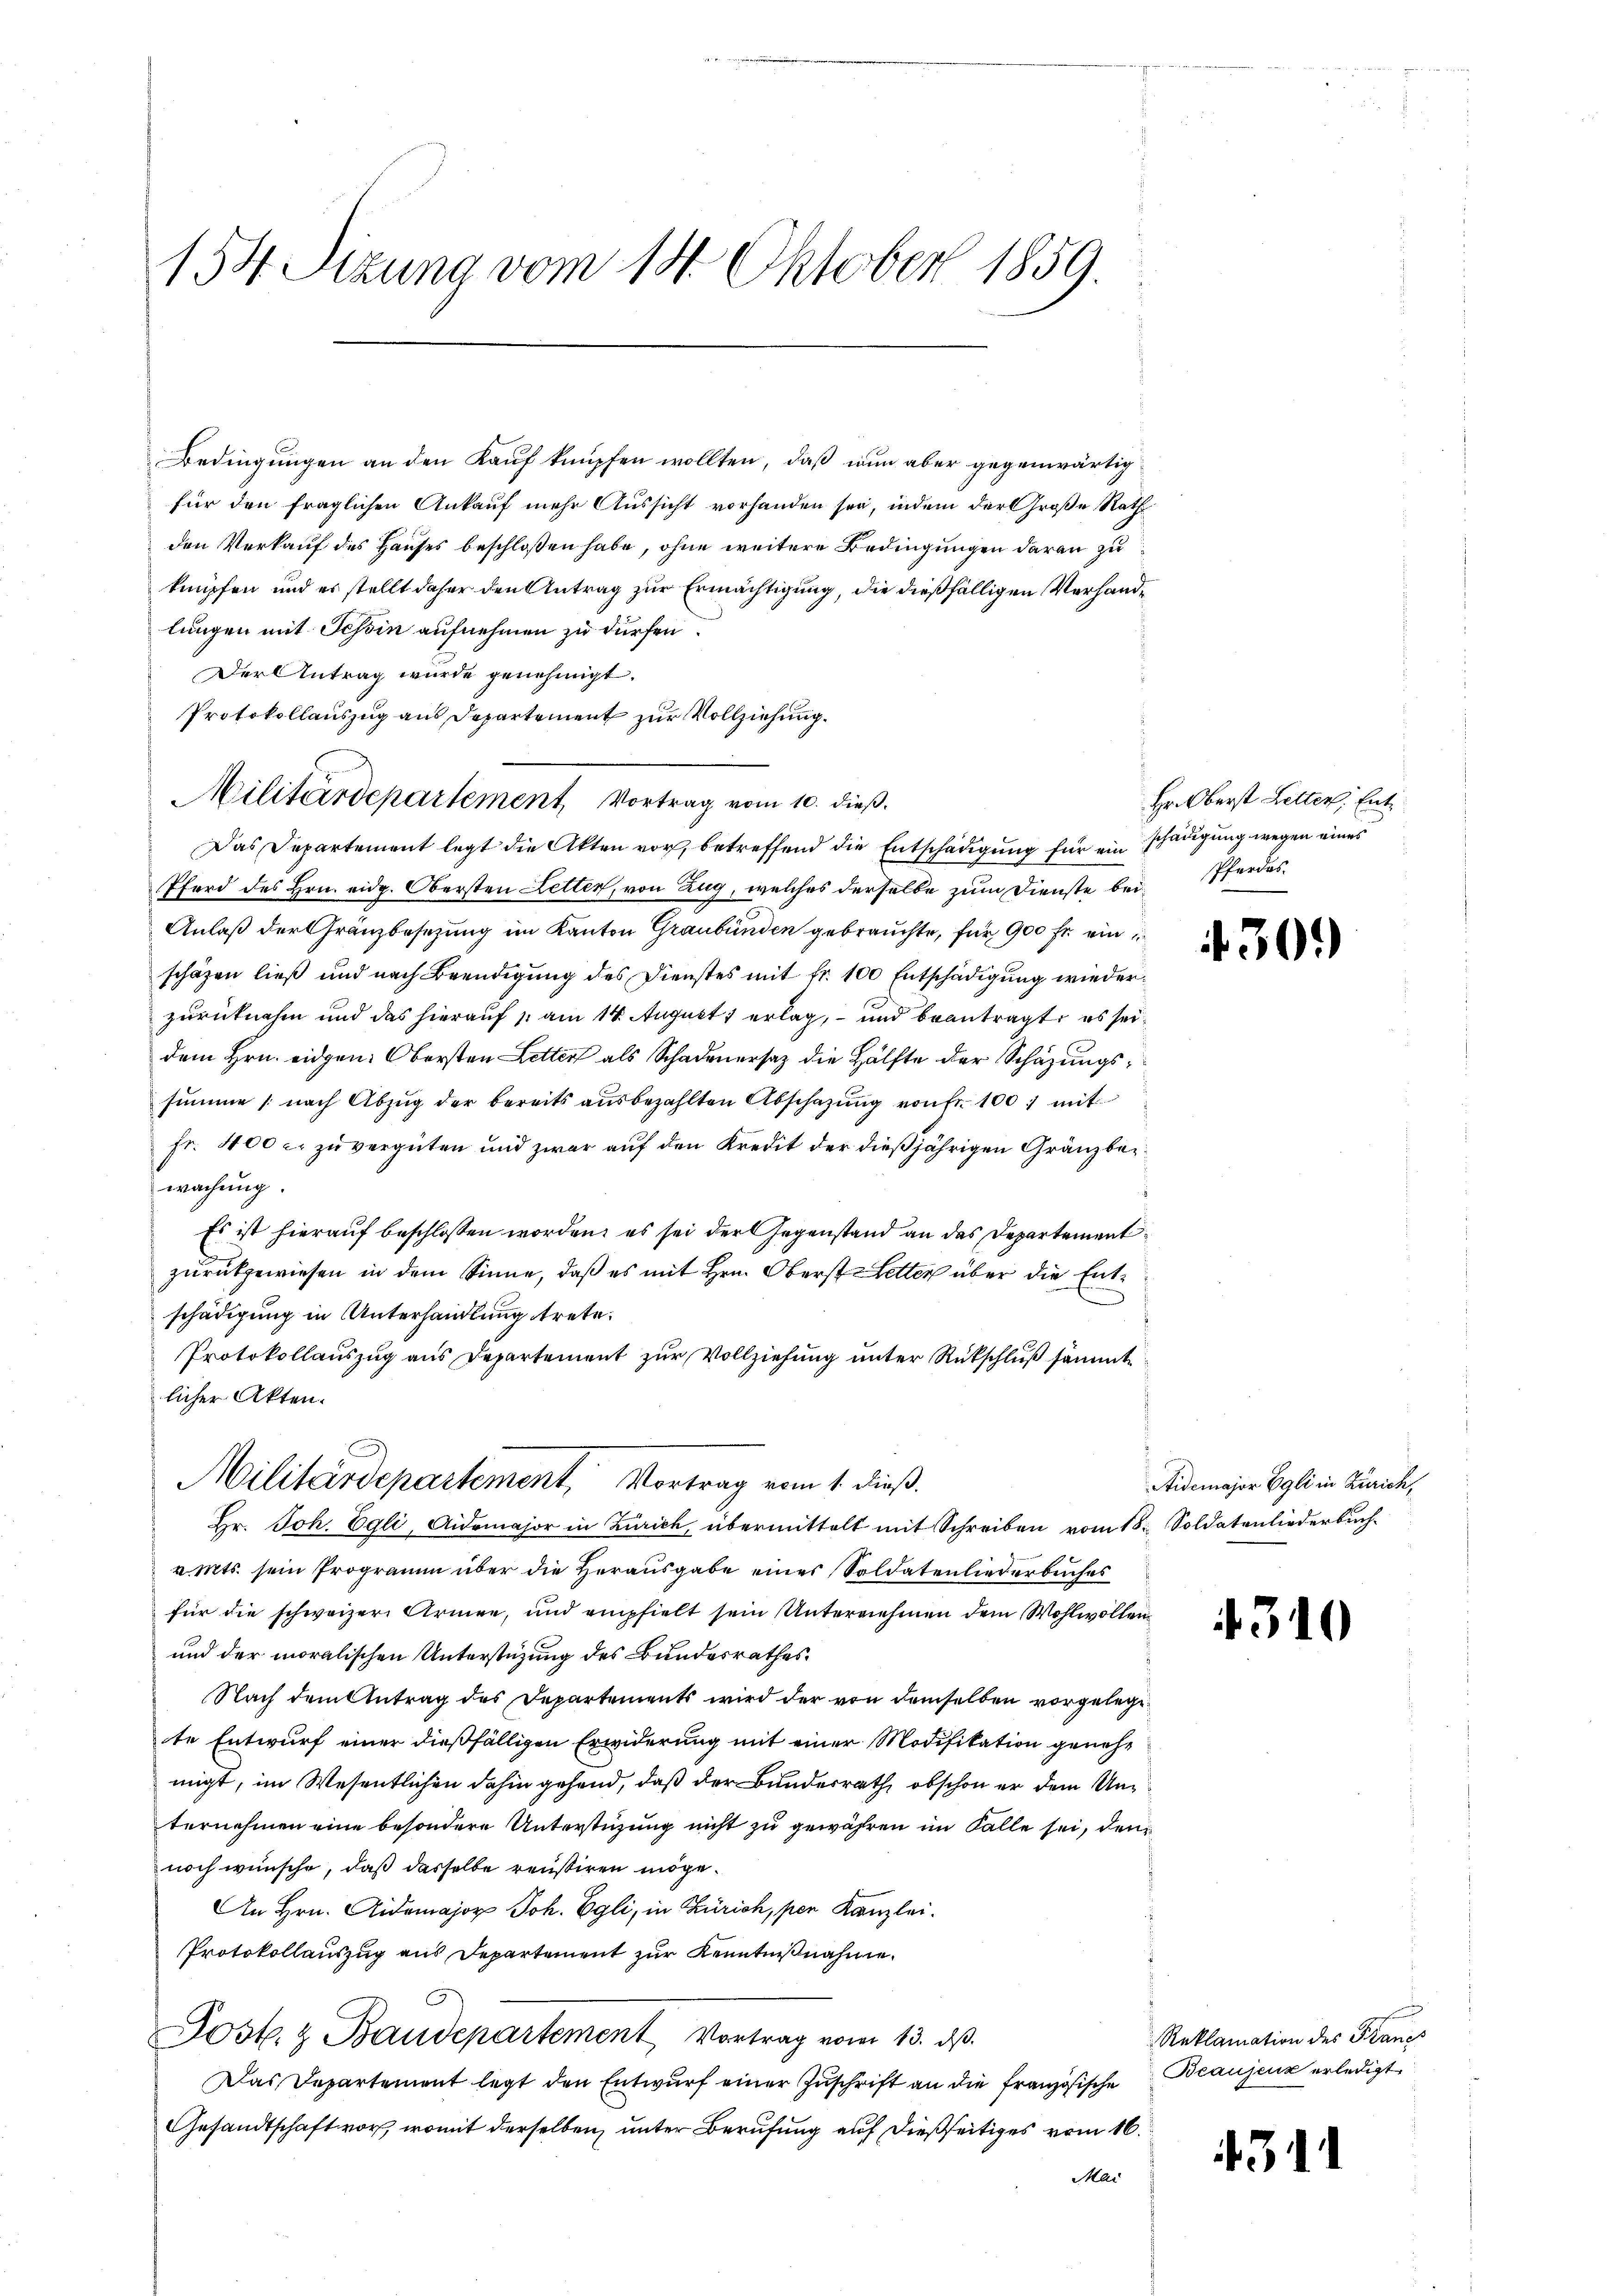
154. Sizung vom 14. Oktober 1859.

Bedingungen an den Kauf knüpfen wollten, daß nun aber gegenwärtig
für den fraglichen Ankauf mehr Aussicht vorhanden sei, indem der Große Rath
den Verkauf des Hauses beschloßen habe, ohne weitere Bedingungen daran zu
knüpfen und es stellt daher den Antrag zur Ermächtigung, die dießfälligen Verhandlungen mit Tessin aufnehmen zu dürfen.
Der Antrag wurde genehmigt.
Protokollauszug aus Departement zur Vollziehung.
Militärdepartement, Vortrag vom 10. dieß.
Das Departement legt die Akten vor, betreffend die Entschädigung für ein schädigung wegen eines
Pferd des Hrn. eidg. Obersten Letten, von Zug, welches derselbe zum Dienste bei Pferdes
Anlaß der Gränzbesetzung im Kanton Graubünden gebrauchte, für 900 Fr. ein
schäzen ließ und nach Beendigung des Dienstes mit fr. 100 Entschädigung wiederzurücknahm und das hierauf 1. am 14. August erlag, und beantragt, es seidem Hrn. eidgen: Obersten Letten als Schadenersaz die Hälfte der Schazungssumme (nach Abzŭg der bereits aŭsbezahlten Abschazung von fr. 1001 mit
fr. 400 c. zu vergüten und zwar auf den Kredit der dießjährigen Gränzbez
wachung.
Es ist hierauf beschlossen worden, es sei der Gegenstand an das Departement
zurückgewiesen in dem Sinne, daß es mit Hrn. Oberst Letter über die Entschädigung in Unterhandlung trete.
Protokollauszug aus Departement zur Vollziehung unter Rückschluß sämmt
licher Akten.
Militärdepartement, Vortrag vom 1. dieß.
Hr. Joh. Egli, Aidemajor in Zürich, übermittelt mit Schreiben vom 18. Soldatenliederbuch-
v. Mts. sein Programm über die Herausgabe eines Soldatenliederbuches
für die schweizer Armen, und empfielt sein Unternehmen dem Wohlwollen¬
und der moralischen Unterstüzung des Bundesrathes
Nach dem Antrag des Departements wird der von demselben vorgelege
te Entwurf einer dießfälligen Erwiderung mit einer Modifikation genehmigt, im Wesentlichen dahin gehend, daß der Bundesrath, obschon er dem Unternehmen eine besondere Unterstüzung nicht zu gewähren im Falle sei, den
noch wünsche, daß dasselbe reistiren möge.
An Hrn. Aidemajor Joh. Egli, in Zürich, per Kanzlei.
Protokollauszug aus Departement zur Kenntnißnahme.
ost. & Baudepartement Vortrag vom 13. ds.
Das Departement legt den Entwurf einer Zuschrift an die französische Beaujenz erledigt
Gesandtschaft vor, womit derselben, unter Berufung auf dießseitiges vom 16.
Mai

Hr. Oberst Letter, Ent¬

430.)

Aidemajor Egli in Zürich,

310

Reklamation des Franzs

311